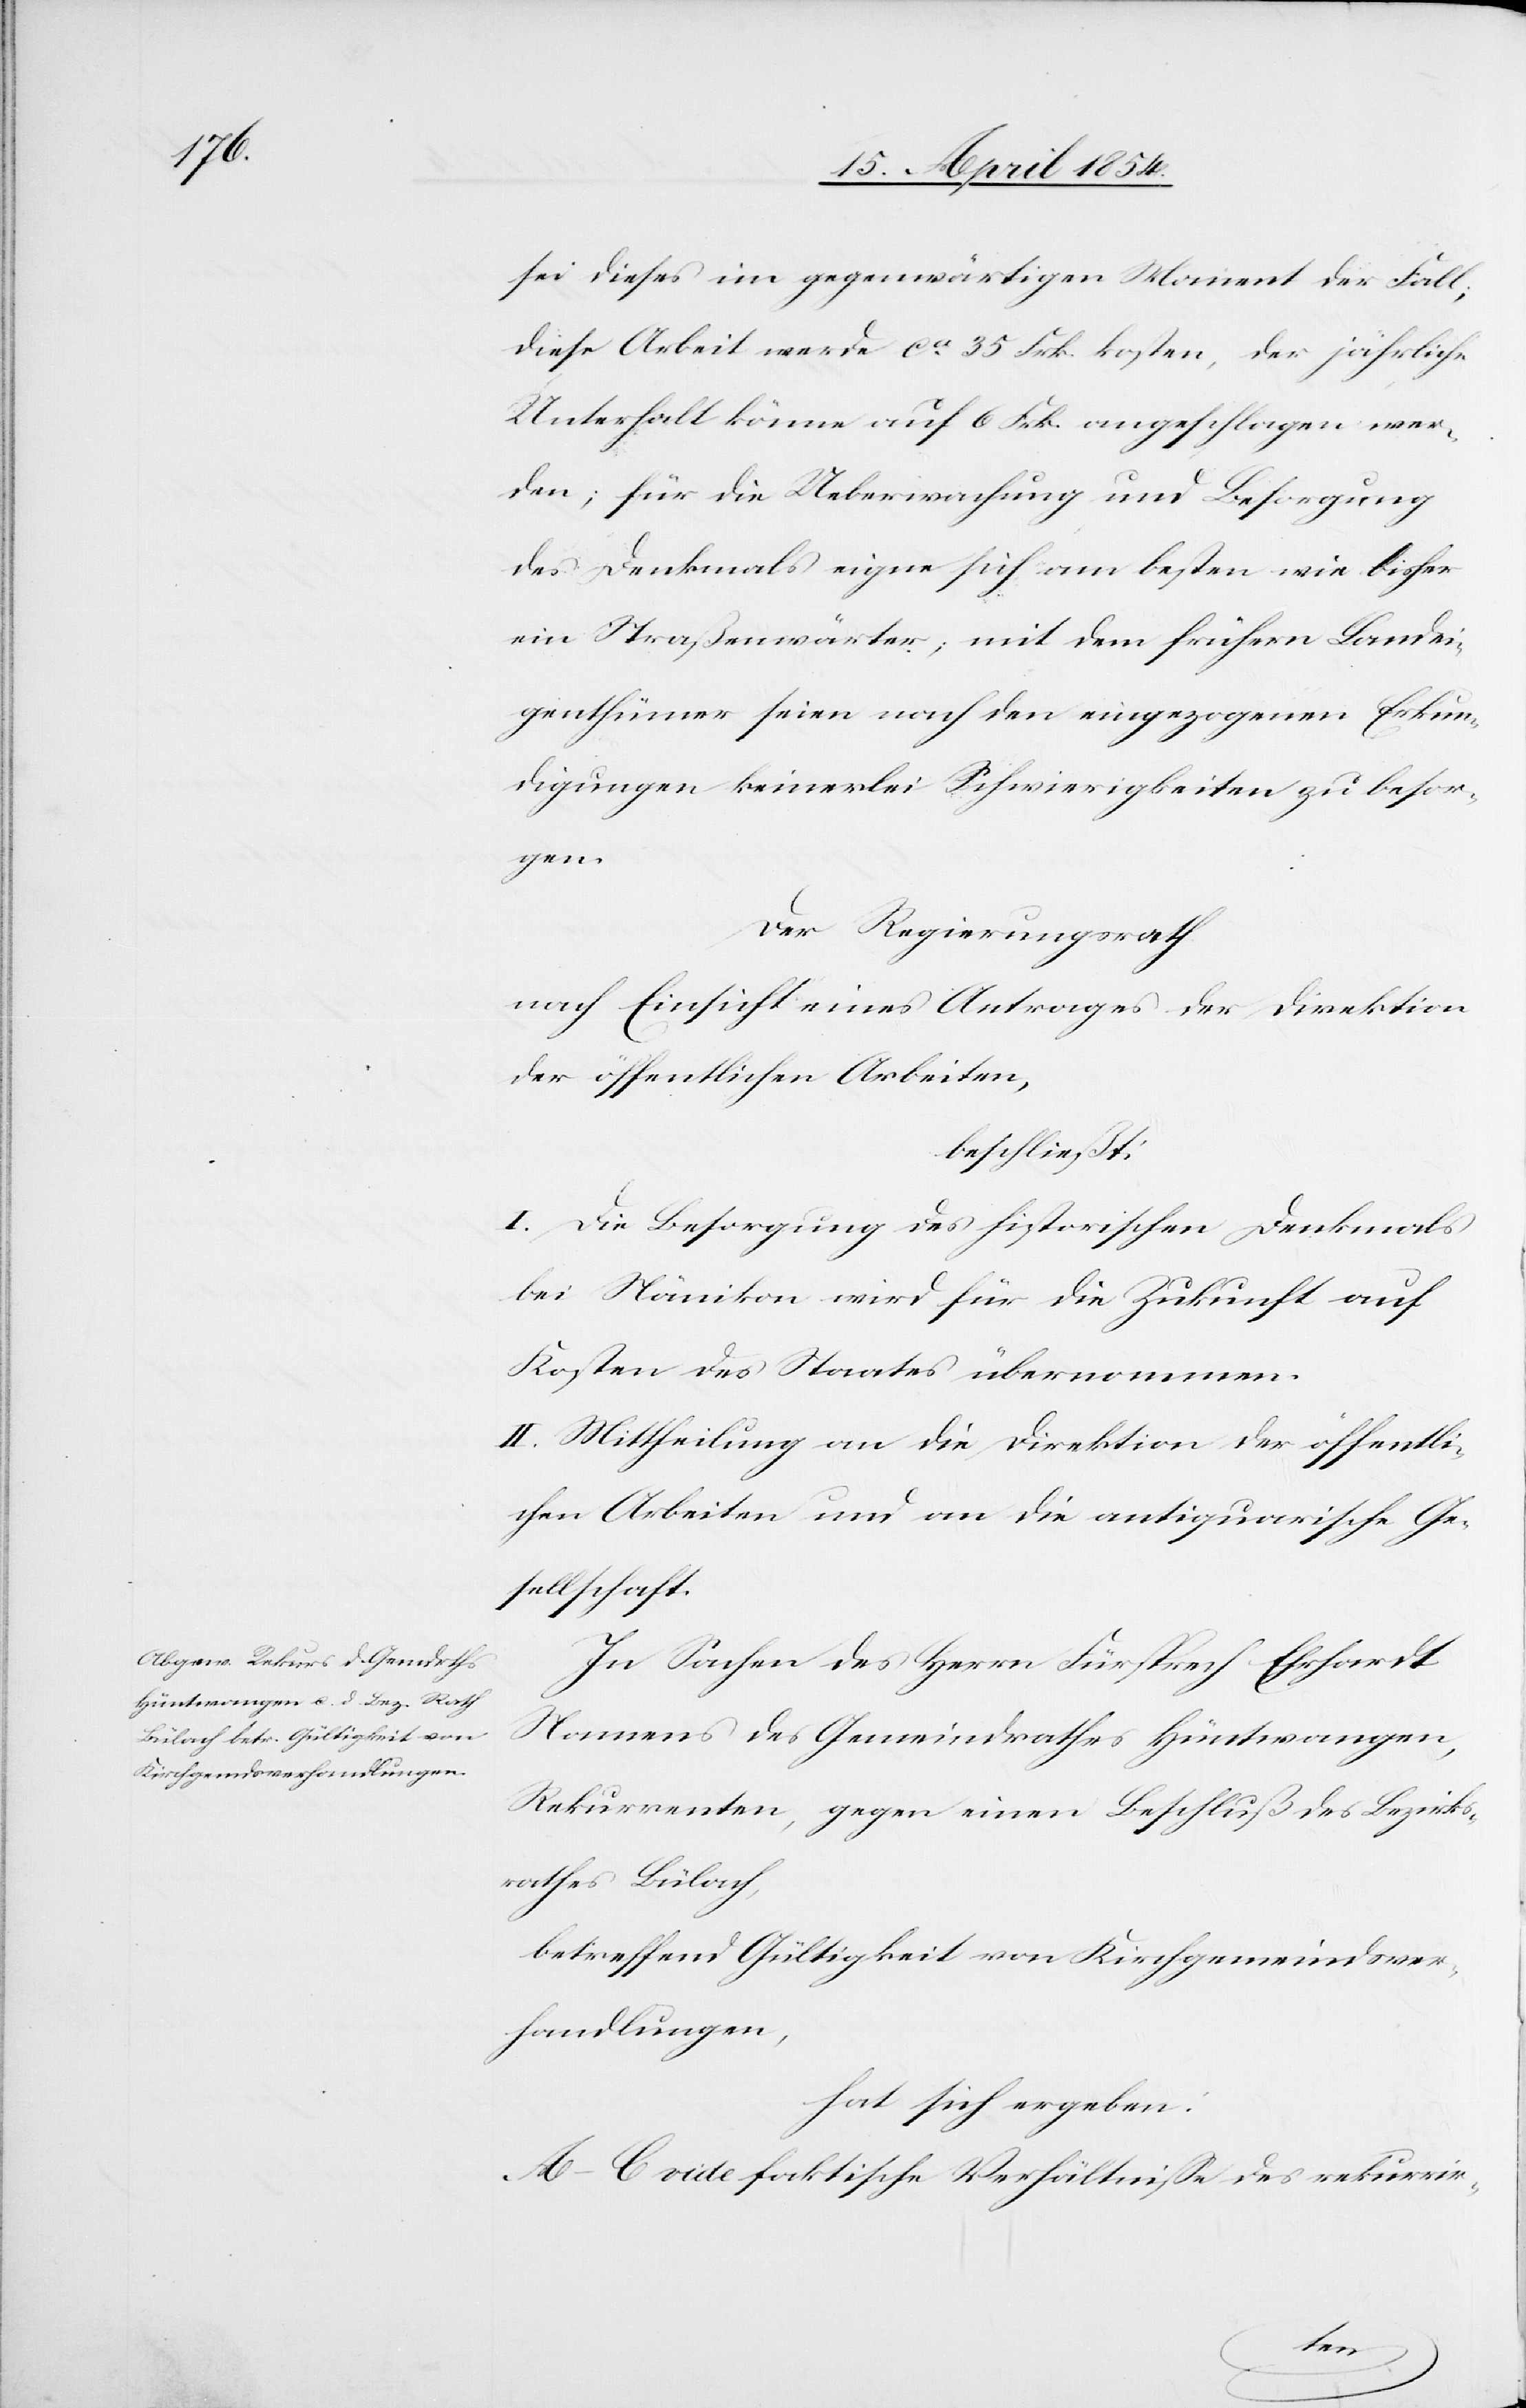
sei dieses im gegenwärtigen Moment der Fall;
diese Arbeit werde ca 35 Frk. kosten, der jährliche
Unterhalt könne auf 6 Frk. angeschlagen wer¬
den; für die Ueberwachung und Besorgung
des Denkmals eigne sich am besten wie bisher
ein Straßenwärter; mit dem frühern Landesei¬
genthümer seien nach den eingezogenen Erkun¬
digungen keinerlei Schwierigkeiten zu besor¬
gen.
Der Regierungsrath
nach Einsicht eines Antrages der Direktion
der öffentlichen Arbeiten,
beschließt:
I. Die Besorgung des historischen Denkmals
bei Nänikon wird für die Zukunft auf
Kosten des Staates übernommen.
II. Mittheilung an die Direktion der öffentli¬
chen Arbeiten und an die antiquarische Ge¬
sellschaft.
In Sachen des Herrn Fürsprech Ehrhardt
Namens des Gemeindrathes Hüntwangen,
Rekurrenten, gegen einen Beschluß des Bezirks¬
rathes Bülach,
betreffend Gültigkeit von Kirchgemeindsver¬
handlungen,
hat sich ergeben:
A–C. vide faktische Verhältniße des rekurrir-